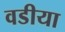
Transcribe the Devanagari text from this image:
वडीया